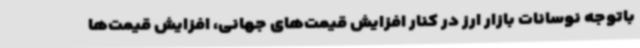
باتوجه نوسانات بازار ارز در کنار افزایش قیمت‌های جهانی، افزایش قیمت‌ها